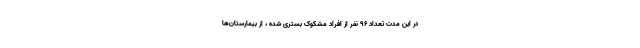
در این مدت تعداد 96 نفر از افراد مشکوک بستری شده ، از بیمارستان‌ها